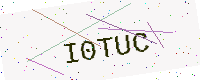
Text: I0TUC